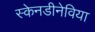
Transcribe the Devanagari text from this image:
स्केनडीनेविया